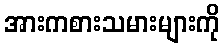
အားကစားသမားများကို